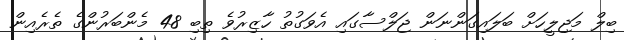
ބިލް މަޖިލީހަށް ބަލައިގަންނަން ޖަލްސާގައި އެވަގުތު ހާޒިރުވެ ތިބި 48 މެންބަރުންގެ ތެރެއިން